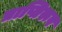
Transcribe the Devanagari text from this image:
प्राप्तिरूप